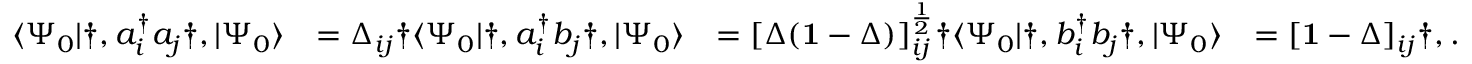
\begin{array} { r l r l } { \langle \Psi _ { 0 } | \dag , a _ { i } ^ { \dagger } a _ { j } \dag , | \Psi _ { 0 } \rangle } & { = \Delta _ { i j } \dag \langle \Psi _ { 0 } | \dag , a _ { i } ^ { \dagger } b _ { j } \dag , | \Psi _ { 0 } \rangle } & { = [ \Delta ( \mathbf { 1 } - \Delta ) ] _ { i j } ^ { \frac { 1 } { 2 } } \dag \langle \Psi _ { 0 } | \dag , b _ { i } ^ { \dagger } b _ { j } \dag , | \Psi _ { 0 } \rangle } & { = [ \mathbf { 1 } - \Delta ] _ { i j } \dag , . } \end{array}